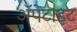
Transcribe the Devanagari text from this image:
अॅपेटाइट